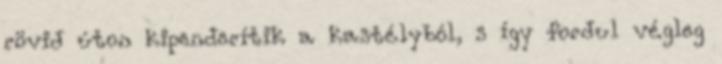
rövid úton kipenderítik a kastélyból, s így fordul végleg